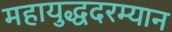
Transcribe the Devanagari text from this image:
महायुद्धदरम्यान